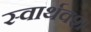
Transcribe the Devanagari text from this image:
स्वार्थवश